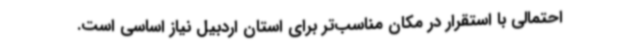
احتمالی با استقرار در مکان مناسب‌تر برای استان اردبیل نیاز اساسی است.